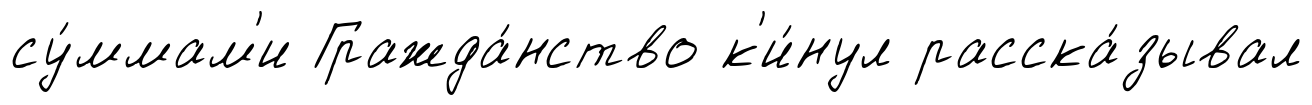
су́ммам'и Гражда́нство к'и́нул расска́зывал